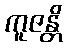
ကူဇန္တိ